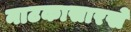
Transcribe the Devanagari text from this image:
नाटकासारखे